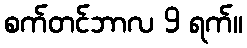
စက်တင်ဘာလ 9 ရက်။